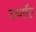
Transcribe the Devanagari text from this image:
वर्ष्गांठ